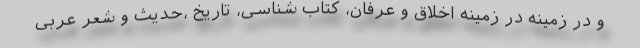
و در زمینه در زمینه اخلاق و عرفان، کتاب شناسی، تاریخ ،حدیث و شعر عربی